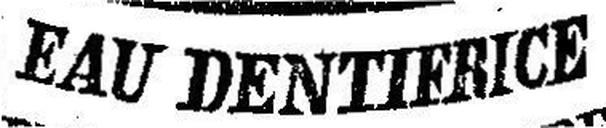
EAU DENTIFRICE